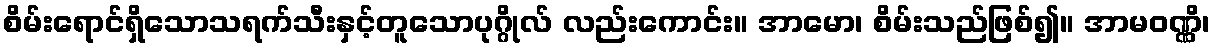
စိမ်းရောင်ရှိသောသရက်သီးနှင့်တူသောပုဂ္ဂိုလ် လည်းကောင်း။ အာမော၊ စိမ်းသည်ဖြစ်၍။ အာမဝဏ္ဏိ၊